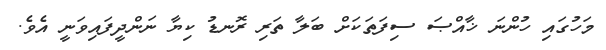
މަހުގައި ހުންނަ ޚާއްޞަ ސިފަތަކަށް ބަލާ ތަރި ރޮނޑު ކިޔާ ނަންދީފައިވަނީ އެވެ.